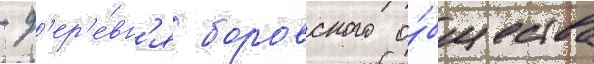
- д'ер'е́вн'я боровского о́бщества